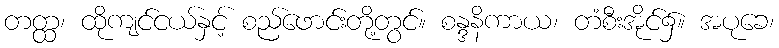
တတ္ထ၊ ထိုကျင်ငယ်နှင့် စည်ဖောင်းတို့တွင်။ စန္ဒနိကာယ၊ တံစီးအိုင်၌။ အပုခေ၊